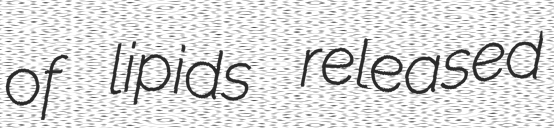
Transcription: of lipids released